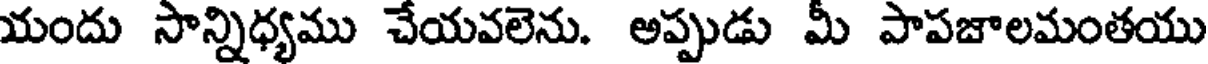
యందు సాన్నిధ్యము చేయవలెను. అప్పుడు మీ పాపజాలమంతయు